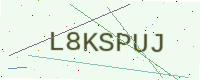
Text: L8KSPUJ